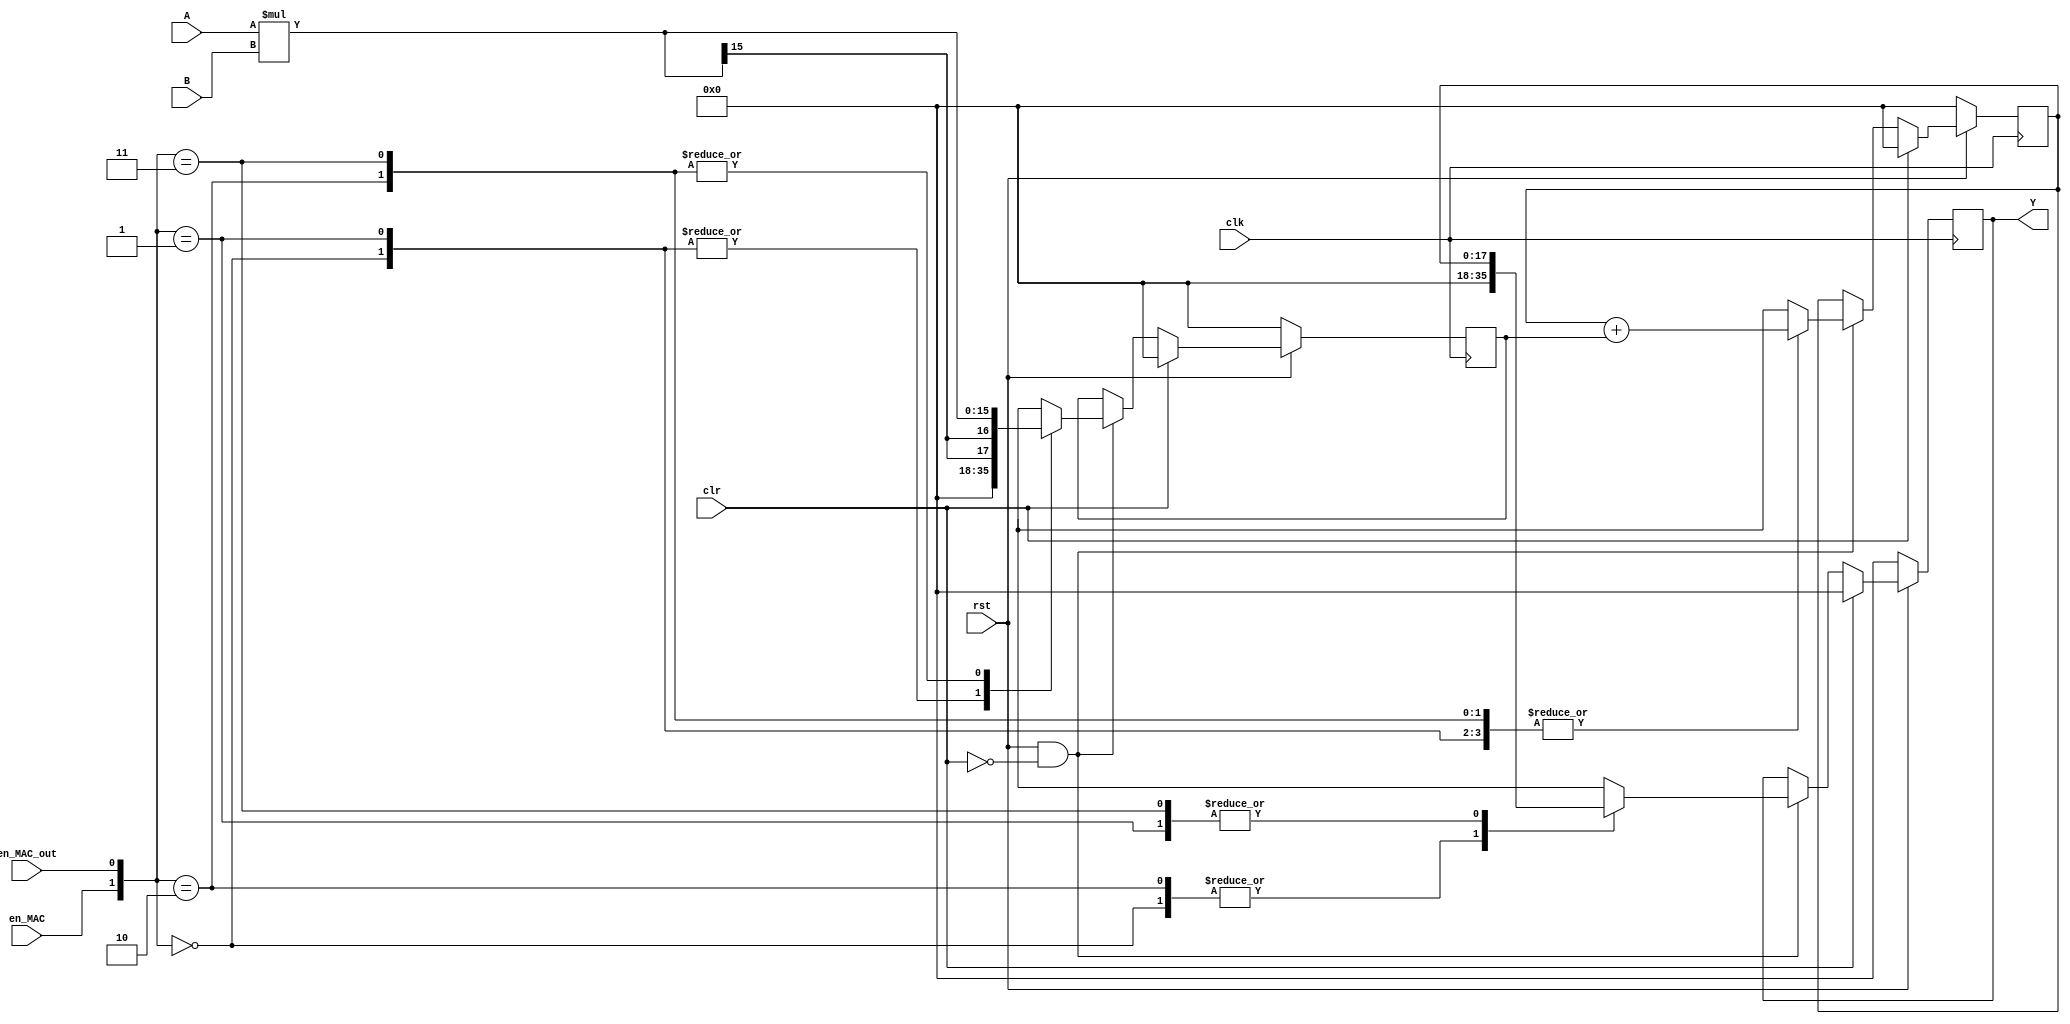
`timescale 1ns / 1ps
//////////////////////////////////////////////////////////////////////////////////
// Company: 
// Engineer: 
// 
// Design Name: 
// Module Name: mac_generic
// Project Name: 
// Target Devices: 
// Tool Versions: 
// Description: 
// 
// Dependencies: 
// 
// Revision:
// Revision 0.01 - File Created
// Additional Comments:
// 
//////////////////////////////////////////////////////////////////////////////////

module mac_generic #(parameter I_W=8)(
    input clk,
    input rst,
    input clr,
    input en_MAC,
    input signed [I_W-1:0] A,
    input signed [I_W-1:0] B,
    input en_MAC_out,
    output reg signed [(2*I_W)+1:0] Y
    );
    reg [(2*I_W)+1:0] temp1,temp2;
    always@(posedge clk)
    begin
    if(rst==0) begin temp1<=0; temp2<=0; Y<=0; end
    
    else if(clr==1) begin temp1<=0; temp2<=0; Y<=0; end
    
    else if(rst==1 & clr==0) begin
    case({en_MAC,en_MAC_out})
    2'b00: begin temp1<=0; temp2<=temp2+temp1; Y<=0; end
    2'b01: begin temp1<=0; temp2<=temp2+temp1; Y<=temp2; end
    2'b10: begin temp1<=A*B;  temp2<=temp2+temp1; Y<=0; end
    2'b11: begin temp1<=A*B;  temp2<=temp2+temp1; Y<=temp2; end
    endcase
    end
    end
endmodule